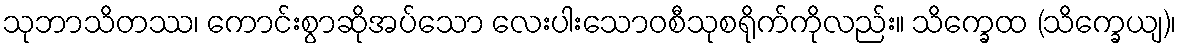
သုဘာသိတဿ၊ ကောင်းစွာဆိုအပ်သော လေးပါးသောဝစီသုစရိုက်ကိုလည်း။ သိက္ခေထ (သိက္ခေယျ)၊